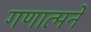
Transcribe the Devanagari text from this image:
गणात्मने